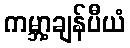
ကမ္ဘာ့ချန်ပီယံ